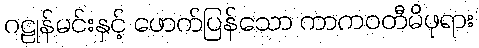
ဂဠုန်မင်းနှင့် ဖောက်ပြန်သော ကာကဝတီမိဖုရား